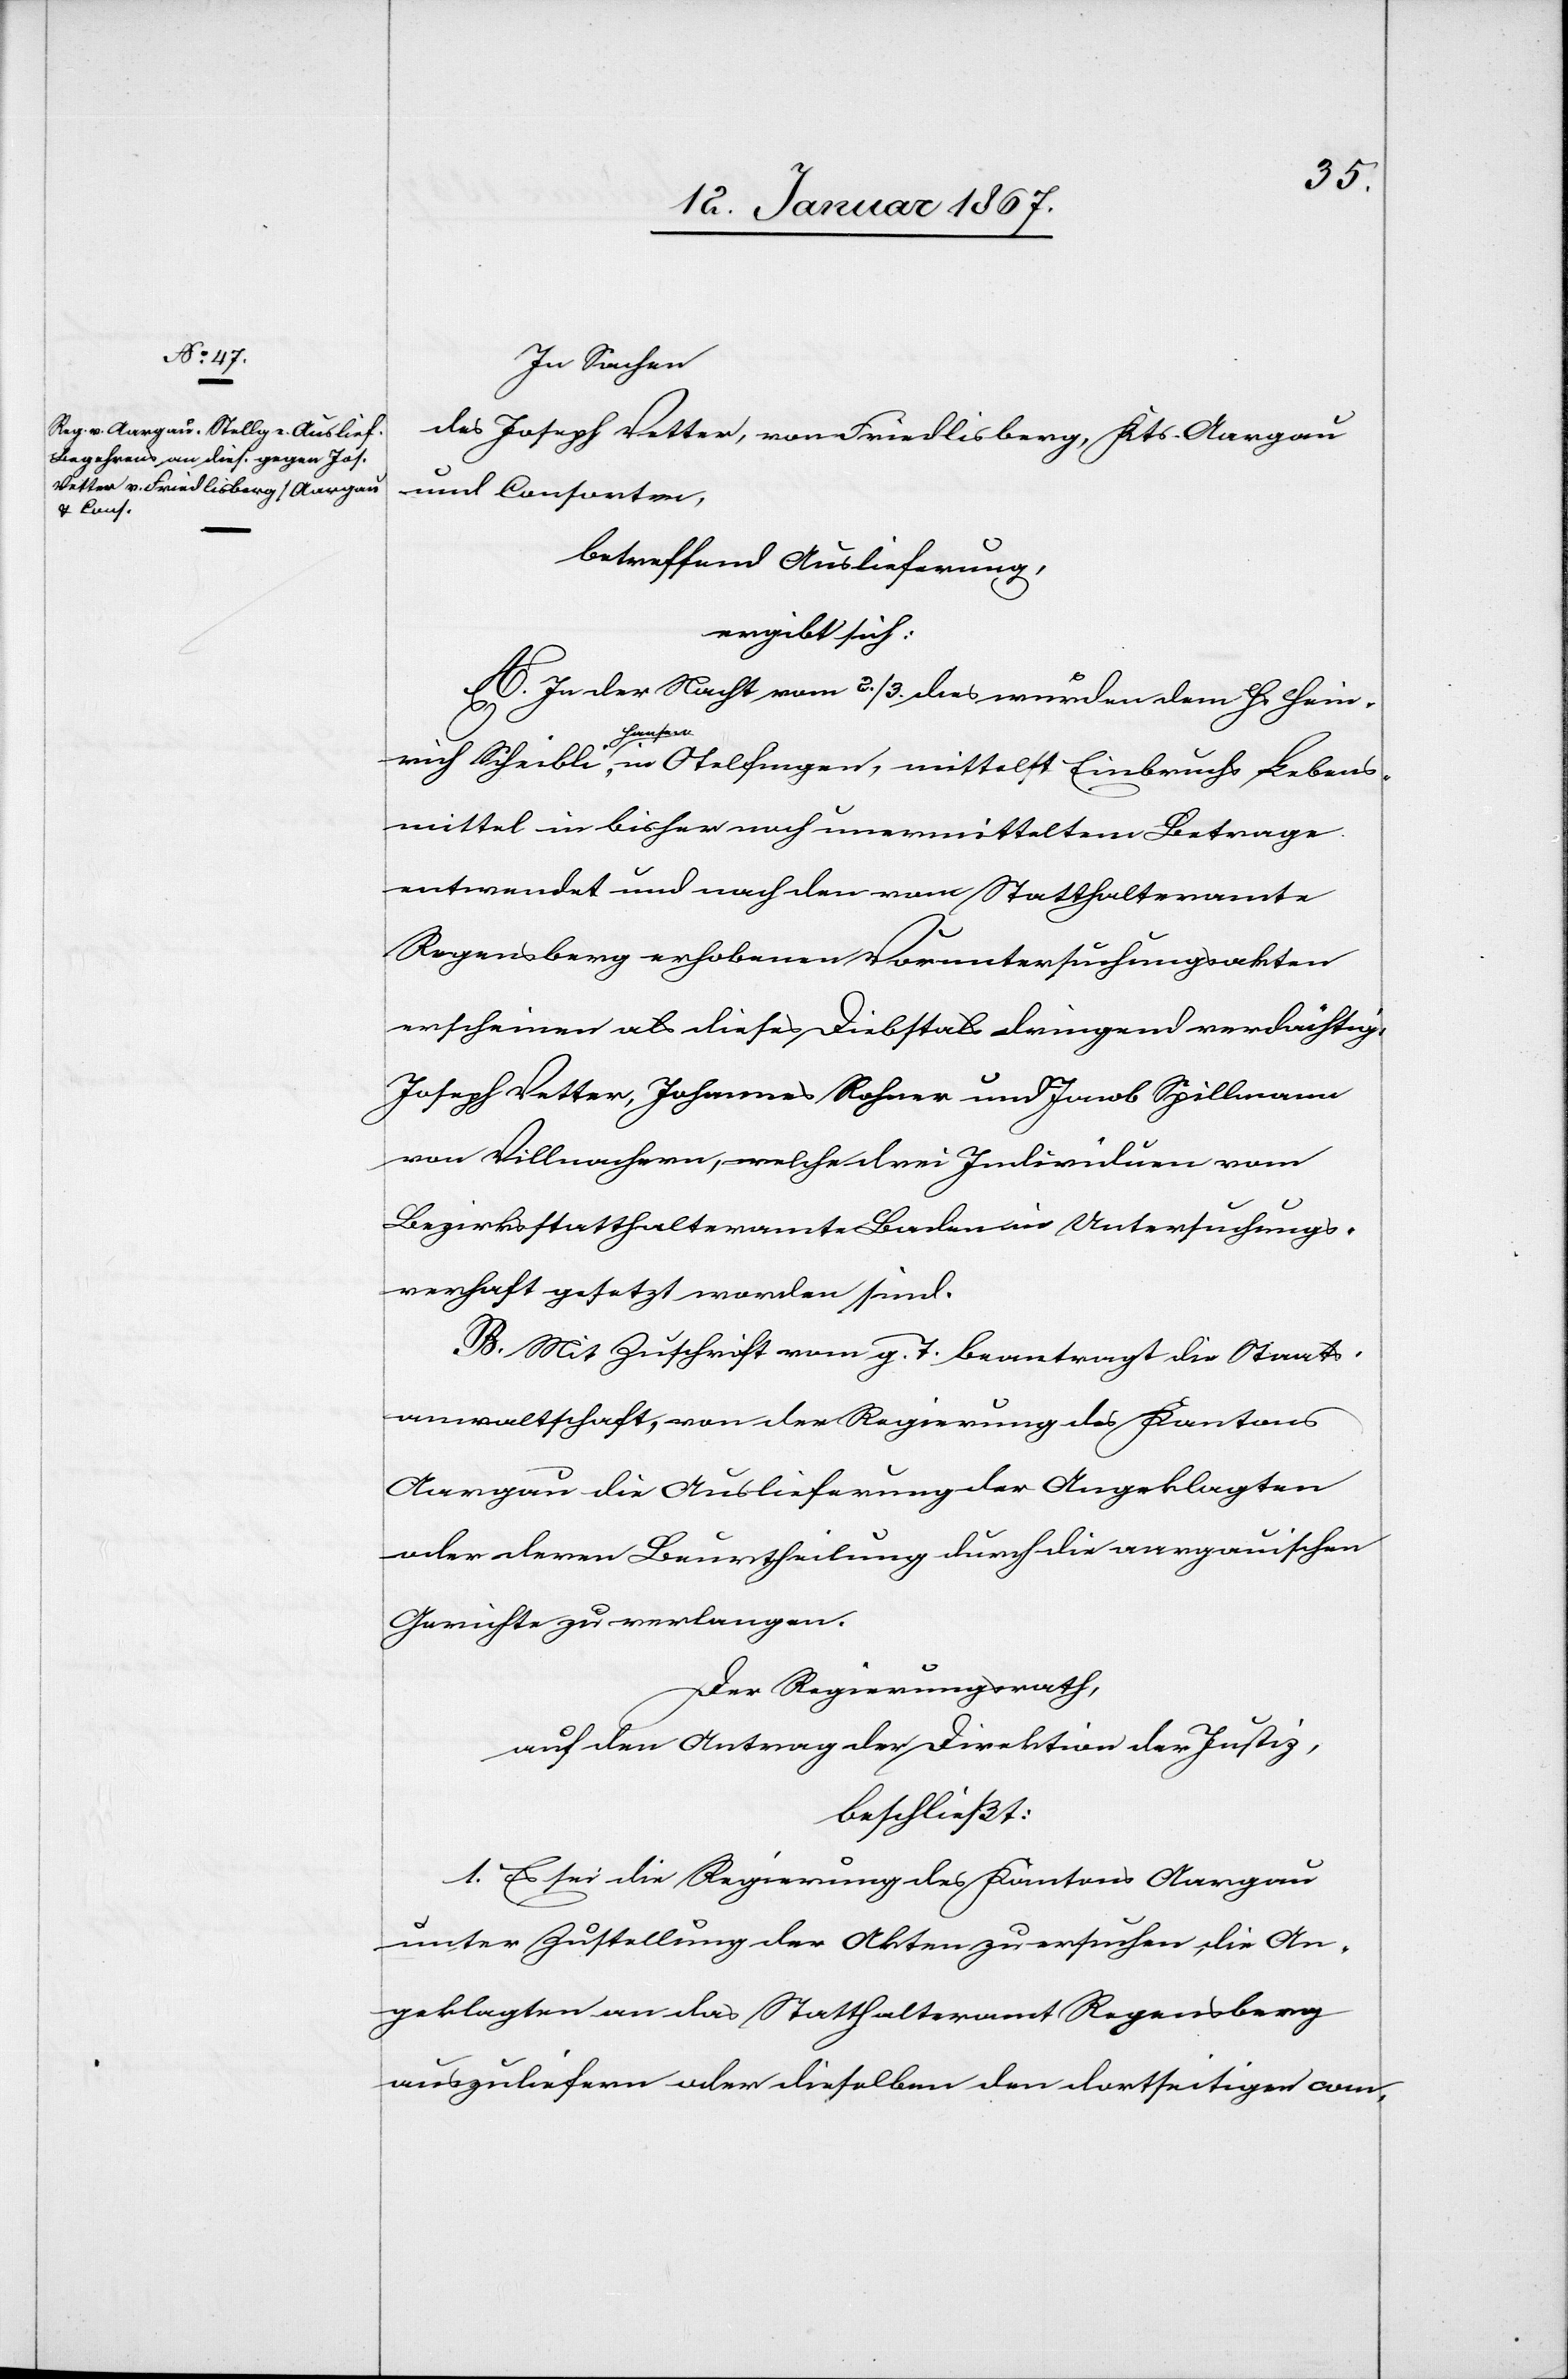
In Sachen
des Joseph Vetter, von Friedlisberg, Kts. Aargau
und Consorten,
betreffend Auslieferung,
ergibt sich:
A. In der Nacht vom 2./3. dies wurden dem Hr. Hein¬
rich Scheibli Hansen, in Otelfingen, mittels Einbruchs Lebens¬
mittel in bisher noch unermitteltem Betrage
entwendet und nach den vom Statthaltamte
Regensberg erhobenen Voruntersuchungsakten
erscheinen als dieses Diebstals dringend verdächtig:
Joseph Vetter, Johannes Rohner und Jacob Spillmann
von Villnachern, welche drei Individuen vom
Bezirksstatthalteramte Baden in Untersuchungs¬
verhaft gesetzt worden sind.
B. Mit Zuschrift vom g. T. beantragt die Staats¬
anwaltschaft, von der Regierung des Kantons
Aargau die Auslieferung der Angeklagten
oder deren Beurtheilung durch die aargauischen
Gerichte zu verlangen.
Der Regierungsrath,
auf den Antrag der Direktion der Justiz,
beschließt:
1. Es sei die Regierung des Kantons Aargau
unter Zustellung der Akten zu ersuchen, die An¬
geklagten an das Statthalteramt Regensberg
auszuliefern oder dieselben den dortseitigen com-